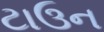
ટાઉન